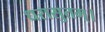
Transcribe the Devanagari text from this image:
धरासुतम्।